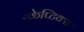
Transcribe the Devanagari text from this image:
स्केप्टिक्स